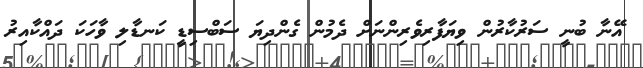
އޭނާ ބުނީ ސަރުކާރުން ވިޔަފާރިވެރިންނަށް ދެމުން ގެންދިޔަ ސަބްސިޑީ ކަނޑާލި ވާހަކަ ދައްކާއިރު